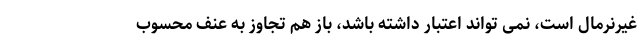
غیرنرمال است، نمی تواند اعتبار داشته باشد، باز هم تجاوز به عنف محسوب